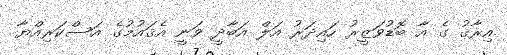
އިރާޤު ގެ އާ ބޮޑުވަޒީރު ހައިދަރު އަލް އަބާދީ ވަނީ އެޤައުމުގެ އަސްކަރިއްޔާ